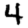
Digit: 4